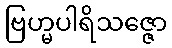
ဗြဟ္မပါရိသဇ္ဇော